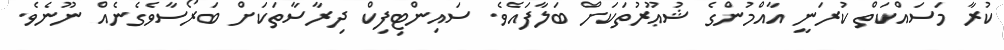
ކުރާ މަސައްކަތް ކުރަނީ އާއްމުންގެ ޝުޢޫރުތަކަށް ބަލާފައެވެ. ސައިންޓިފިކް ދިރާސާތަކަށް ބަރޯސާވެގެނެއް ނޫނެވެ.